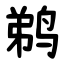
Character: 鹈